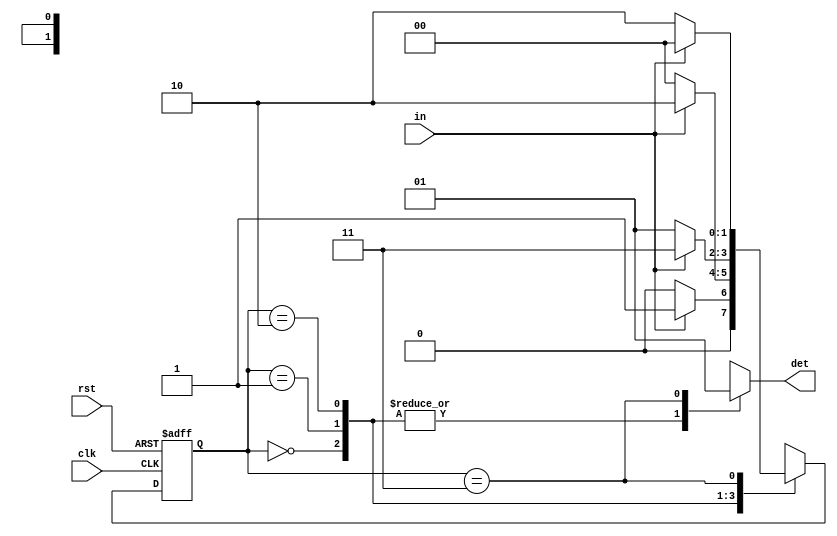
module harshit_des(
  input clk,
  input rst,
  input in,
  output reg det
);

  parameter S0 = 2'b00;
  parameter S1 = 2'b01;
  parameter S2 = 2'b10;
  parameter S3 = 2'b11;
  reg [1:0] present_state, next_state;
  always @(posedge clk, posedge rst) begin
    if (rst) begin
      present_state <= S0;
    end else begin
      present_state <= next_state;
    end
  end

  always @(present_state, in) begin
    case (present_state)
      S0: begin
        if (in) begin
          next_state = S1;
        end else begin
          next_state = S0;
        end
        det <= 0;
      end
      S1: begin
        if (in) begin
          next_state = S2;
        end else begin
          next_state = S0;
        end
        det <= 0;
      end
      S2: begin
        if (in) begin
          next_state = S3;
        end else begin
          next_state = S1;
        end
        det <= 0;
      end
      S3: begin
        if (in) begin
          next_state = S0;
        end else begin
          next_state = S2;
        end
        det <= 1; 
      end
      default: begin
        next_state = S0;
        det <= 0;
      end
    endcase
  end

endmodule